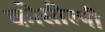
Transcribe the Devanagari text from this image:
कोसील्नी